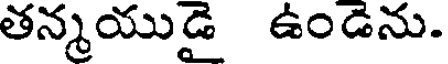
తన్మయుడై ఉండెను.